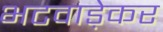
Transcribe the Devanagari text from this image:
भटवाड़ेकर